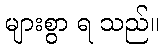
များစွာ ရ သည်။